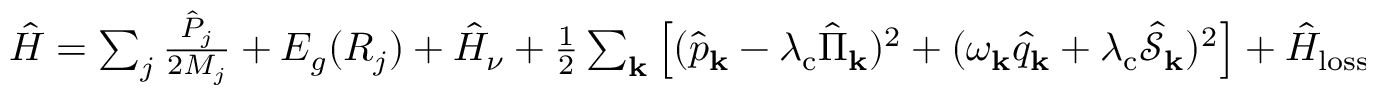
\begin{array} { r } { \hat { H } = \sum _ { j } \frac { \hat { P } _ { j } } { 2 M _ { j } } + E _ { g } ( R _ { j } ) + \hat { H } _ { \nu } + \frac { 1 } { 2 } \sum _ { \mathbf { k } } \left[ ( \hat { p } _ { \bf k } - \lambda _ { \mathrm { c } } \hat { \Pi } _ { \mathbf { k } } ) ^ { 2 } + ( \omega _ { \bf k } \hat { q } _ { \bf k } + \lambda _ { \mathrm { c } } \hat { \mathcal { S } } _ { \mathbf { k } } ) ^ { 2 } \right] + \hat { H } _ { \mathrm { l o s s } } , } \end{array}